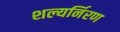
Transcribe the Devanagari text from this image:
शल्यर्निरण